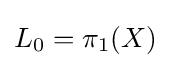
L_{0}=\pi _{1}(X)